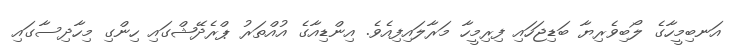
އަނބިމީހާގެ ލޯބިވެރިޔާ ބަޑިޖަހައި ފިރިމީހާ މަރާލައިފިއެވެ. އިންޑިއާގެ އުއްތަރު ޕްރެދޭޝްގައި ހިންގި މިހާދިސާގައި